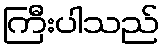
ကြီးပါသည်